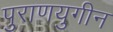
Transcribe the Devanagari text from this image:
पुराणयुगीन